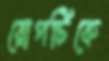
রোগটিকে